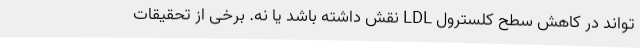
تواند در كاهش سطح كلسترول LDL نقش داشته باشد يا نه. برخی از تحقیقات